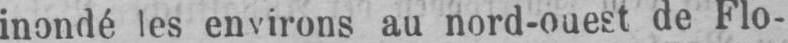
inondé les environs au nord-ouest de Flo-